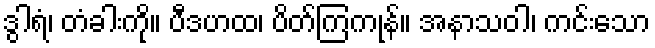
ဒွါရံ၊ တံခါးကို။ ပီဒဟထ၊ ပိတ်ကြကုန်။ အနာသဝါ၊ ကင်းသော